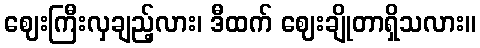
ဈေးကြီးလှချည့်လား၊ ဒီထက် ဈေးချိုတာရှိသလား။